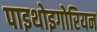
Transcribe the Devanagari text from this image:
पाइथोइगोरियन